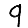
Digit: 9